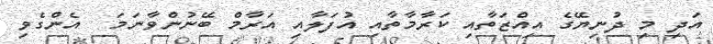
އަދި މި ދުނިޔޭގެ އިއްޒަތާއި ކަރާމާތާއި އުފަލާއި އަރާމް ބޭނުންވާނަމަ  އެންގެވި